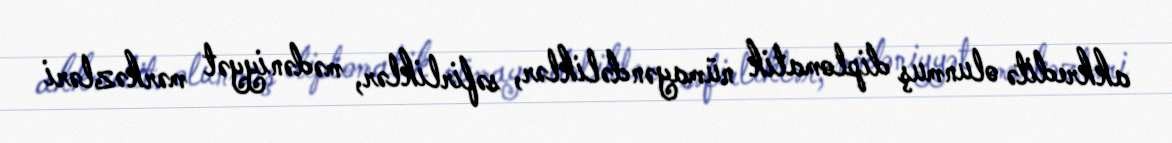
akkreditə olunmuş diplomatik nümayəndəliklər, səfirliklər, mədəniyyət mərkəzləri